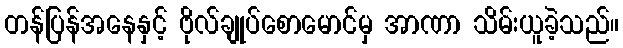
တန်ပြန်အနေနှင့် ဗိုလ်ချုပ်စောမောင်မှ အာဏာ သိမ်းယူခဲ့သည်။